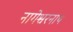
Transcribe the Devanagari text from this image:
नागेश्वरनाथ